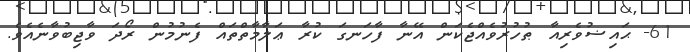
61- ޙައިޟުވެރިއާ ޠުހުރުވެއްޖެކަން އޭނާ ފާހަނގަ ކުރާ ޢަލާމާތްތައް ފެނުމުން ރޯދަ ވާޖިބުވާނެއެވެ.